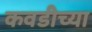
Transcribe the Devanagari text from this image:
कवडीच्या